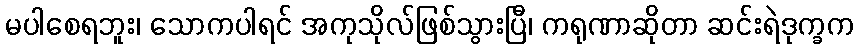
မပါစေရဘူး၊ သောကပါရင် အကုသိုလ်ဖြစ်သွားပြီ၊ ကရုဏာဆိုတာ ဆင်းရဲဒုက္ခက